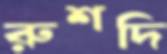
রুশদি